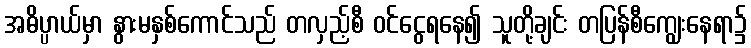
အဓိပ္ပာယ်မှာ နွားမနှစ်ကောင်သည် တလှည့်စီ ဝင်ငွေရနေ၍ သူတို့ချင်း တပြန်စီကျွေးနေရာ၌